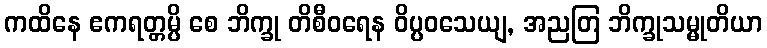
ကထိနေ ဧကရတ္တမ္ပိ စေ ဘိက္ခု တိစီဝရေန ဝိပ္ပဝသေယျ, အညတြ ဘိက္ခုသမ္မုတိယာ